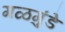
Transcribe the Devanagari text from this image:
गळगुंडे